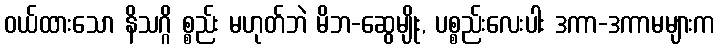
ဝယ်ထားသော နိသဂ္ဂိ စ္စည်း မဟုတ်ဘဲ မိဘ-ဆွေမျိုး, ပစ္စည်းလေးပါး ဒကာ-ဒကာမများက